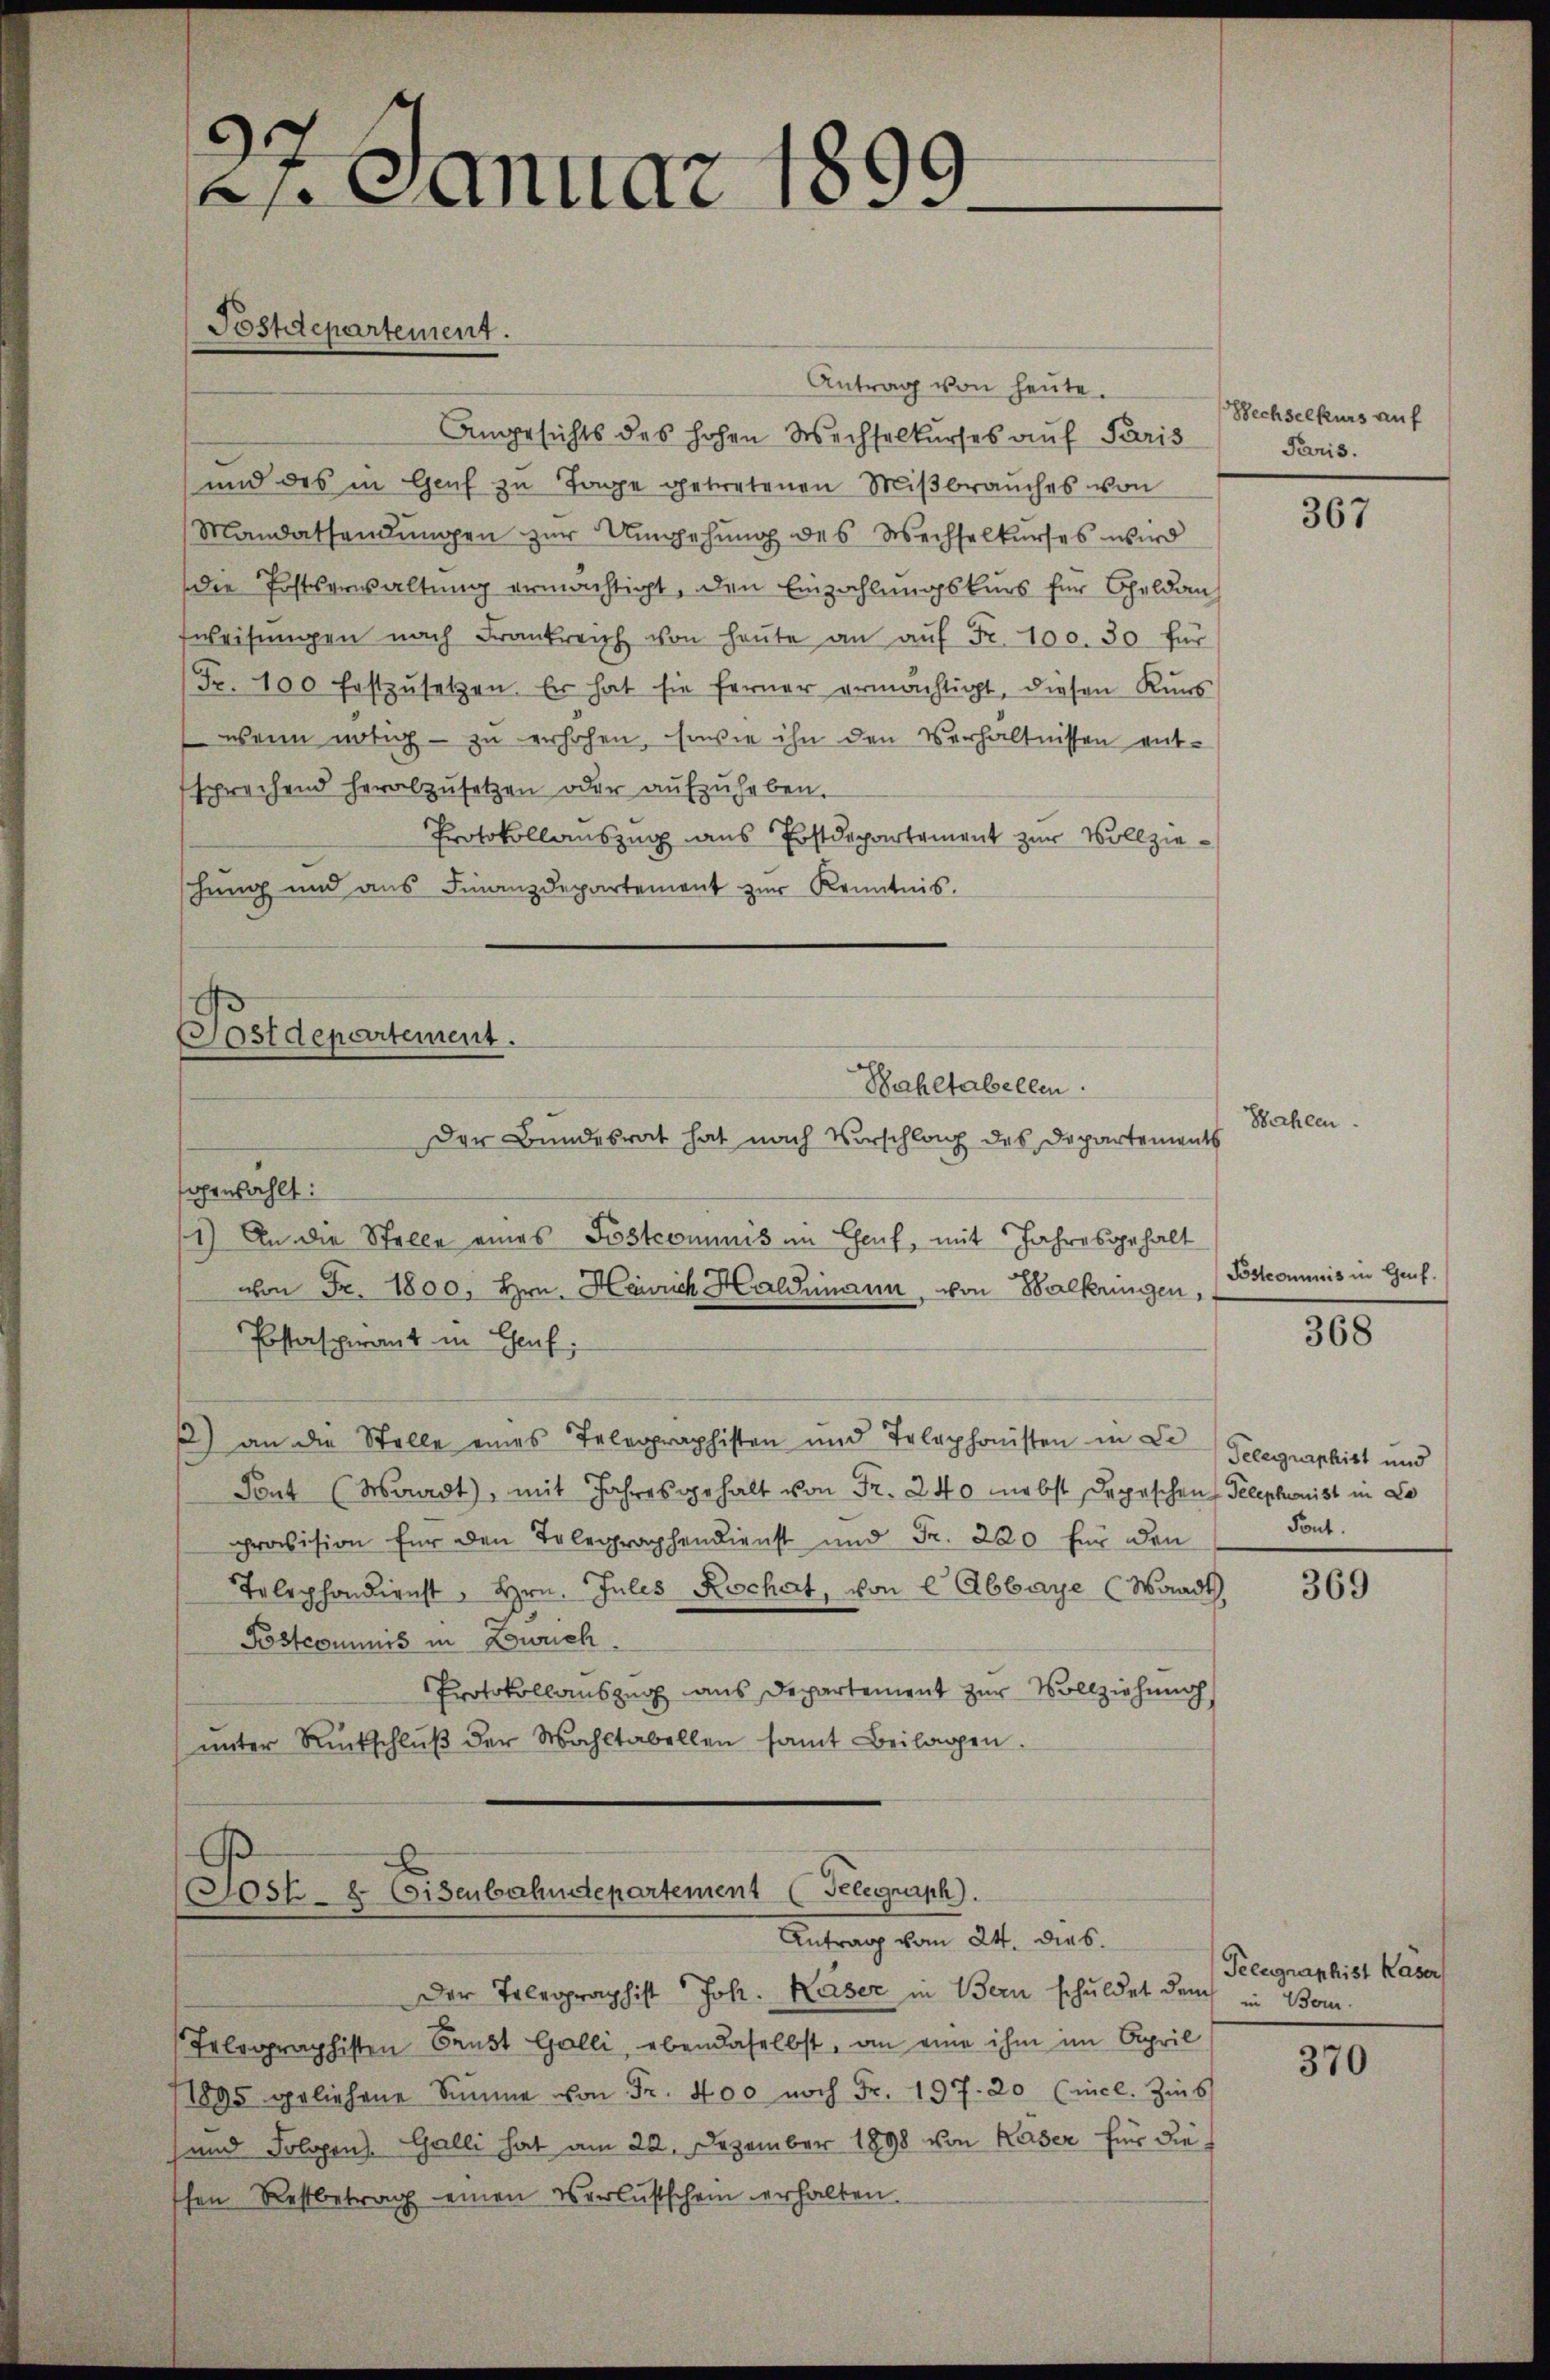
21. Januar 1899.
Postdepartement.

Antrag von heute.
Angesichts des hohen Wechselkurses auf Paris
und des in Genf zu Tage getretenen Mißbrauches von
Mandatsendungen zur Umgehung des Wechselkurses wird
die Posterwaltung ermächtigt, den Einzahlungskurs für Geldan
fweisŭngen nach Frankreich von heŭte an aŭf Fr. 100. 30. für
Fr. 100 festzŭsetzen. Er hat sie ferner ermächtigt, diesen Kuns
wenn nötig - zu erhöhen, sowie ihn den Verhältnissen entsprechend herabzŭsetzen oder aŭfzŭheben.
Protokollauszug aus Postdepartement zur Vollzieschung und ans Finanzdepartement zŭr Kenntnis.

Postdepartement.

Bahltabellen.

Der Bundesrat hat nach Vorschlag des Departements
sgewählt:
1) An die Stelle eines Postcommis im Genf, mit Jahresgehalt
von Fr. 1800, Hrn. Heinrich Haldimann, von Balkringen,
Postaspirant in Graf.
2) an die Stelle eines Telegraphisten und Telephonisten in de Gelegraphist und
Sont (Waadt), mit Jahres gehalt von Fr. 240 nebst Depeschen Telephonist in La
provision für den Telegraphendienst und Fr. 220 für den
Telephondienst, Hrn. Jules Kochat, von 2 Abbaye (Waadt,
Postcommis in Zowuch.
Protokollauszug aus Departement zur Vollziehung
ŭnter Rückschlŭβ der Wahltabellen samt Beilagen.

Gost- & Eisenbahndepartement (Telegraph.
Antrag vom 24. dies

Der Telegraphist " Joh. Kaiser in Bern schuldet durch in Bom
Telegraphisten Faust Galli, ebendaselbst, an eine ihm im April
1895 geliehene Simme von Fr. 400 noch Fr. 197. 20 (incl. Zins
und Sologen. Galli hat am 22. Dezember 1898 von Kaser für die s
schen Restbetrag einen Verlustschein erhalten.

Wechselkurs auf
Paris.

Wahlen

367

Postcommis in Genf.

368

Tont.

369

Peeugraphist Kaser

370